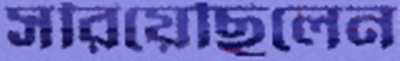
সরিয়েছিলেন